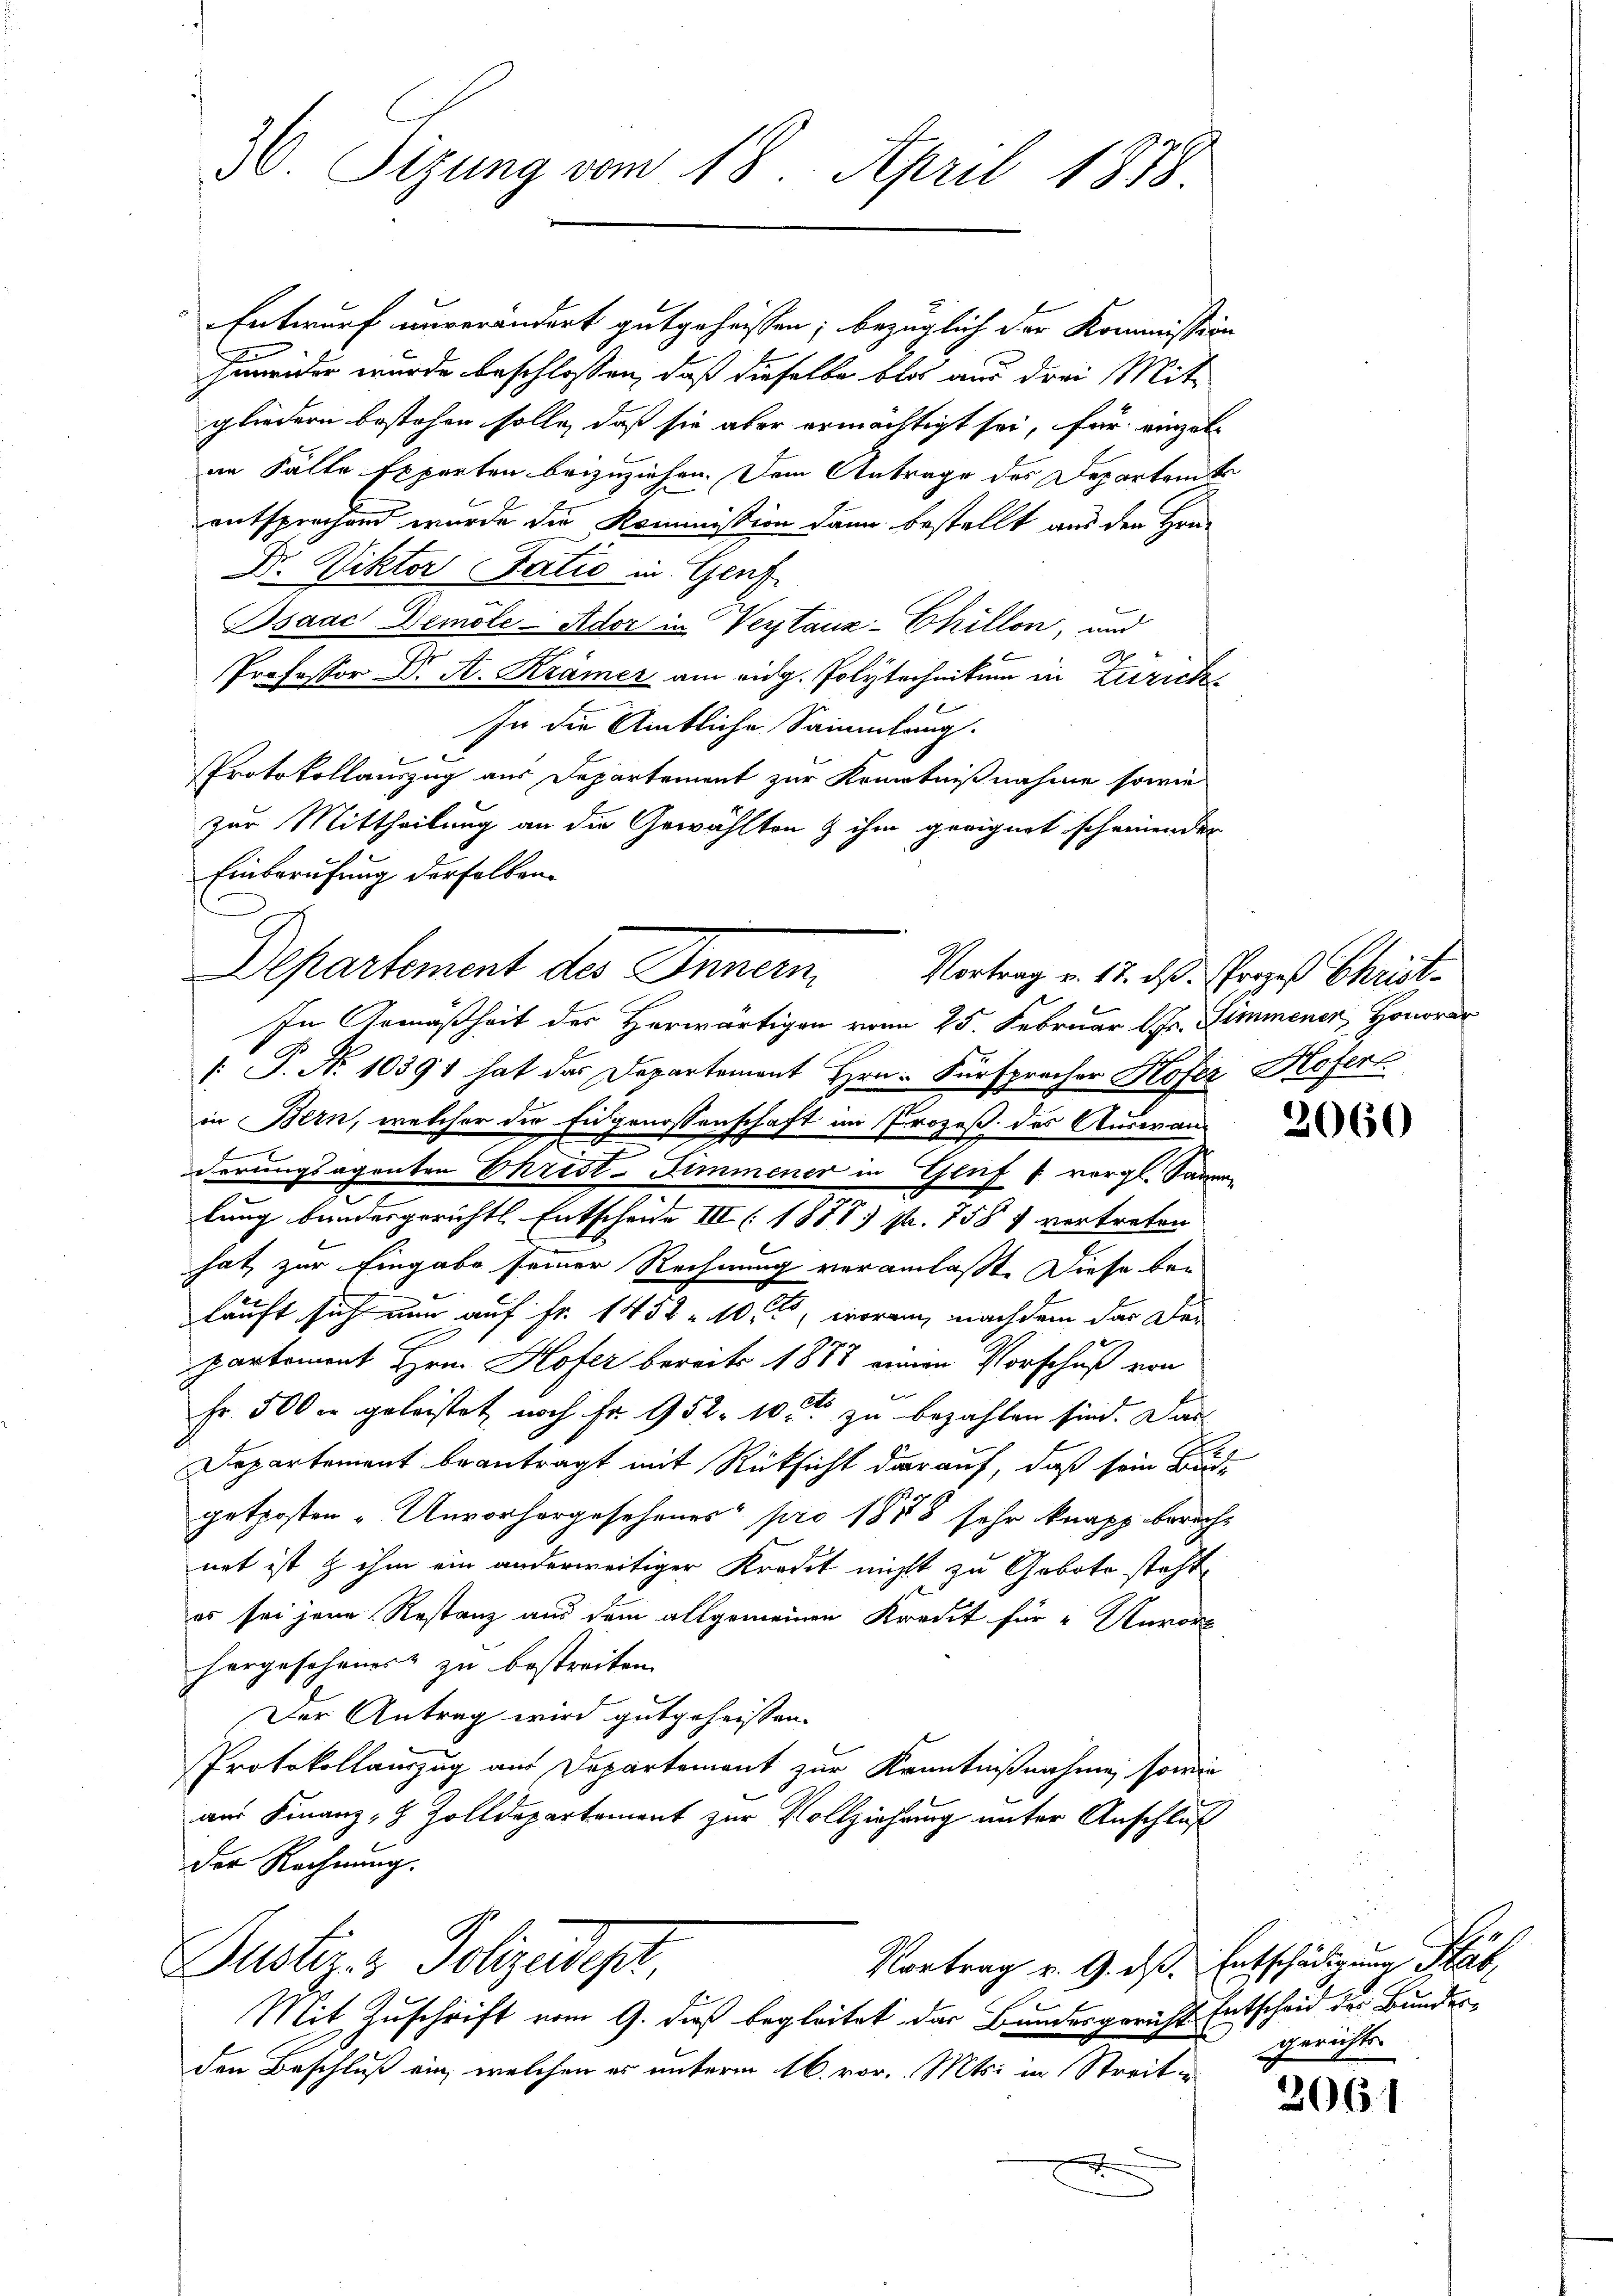
30. Sizung vom 18. April 1878.

Entwurf unverändert gutgeheissen; bezüglich der Kommission
humider wurde beschlossen, daß dieselbe blos aus drei Mitgliedern bestehen solle, daß sie aber ermächtigt sei, für einzelin Fälle Experten beizuziehen. Dem Antrage des Departen
entsprechend wurde die Kommission dann bestellt aus den Hrn.
Dr. Viktor Satio in Genf
Bsaac Demole-Ador in Verstanz-Chillon, und
Professor Dr A. Krämer am eidg. Polytechnikum in Zürich
In die Amtliche Sammlung.
Protokollauszug aus Departement zur Kenntnißnahme sowie
zur Mittheilung an die Gewählten & ihm geeignet scheinender
Einberufung derselben
In Gemäßheit des Herwärtigen vom 25. Februar 1 Fr. Simmener, Honorar
[: P. Nr. 10391 hat das Departement Hrn. Fürspracher Hofer Hofern
in Bern, welcher die Eidgenossenschaft im Prozeß des Auswand
f
derungsagenten Ehrist-Zimmener in Genf f vergl. Sagen
lung bundesgerichtl. Entscheide III (1888 Nr. 758 f vertreten
hat, zur Eingabe seiner Rechnung veranlasst. Diese bekauft sich nun auf Fr. 1452 - 10 fl, woran, nachdem das Departement Hrn. Hofer bereits 1888 einen Vorschuß von
Fr. 500 r geleistet noch Fr. 952. 10. zu bezahlen sind. Das
Departement beantragt mit Rücksicht darauf, daß sein Brude
getposten. Unvorhergesehenes pro 1858 sehr knapp bericht
net ist & ihm ein anderweitiger Kredit nicht zu Gebote steht,
es sei jene Restanz aus dem allgemeinen Kredit für " Unvor
horgeschens zu bestreiten.
Der Antrag wird gutgeheissen.
Protokollauszug aus Departement zur Kenntnißnahme, sowie
aus Finanz- 8 Zolldepartement zur Vollziehung unter Anschluß
Der Rechnung.
Puster- & Polizeidept,
Vortrag v. 9. ds. Entschädigung Rab
Mit Zuschrift vom 9. dieß begleitet das Bundesgericht Entscheid der Bundesden Beschluß ein, welchen er unterm 16. vor. Mts. in Streite
.

Departement des Innern Vortrag v. 12. ds. Prozeß Christ-

2060

br
gerichts.

2061